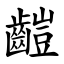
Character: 䶣